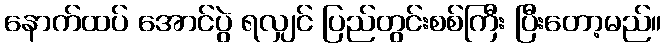
နောက်ထပ် အောင်ပွဲ ရလျှင် ပြည်တွင်းစစ်ကြီး ပြီးတော့မည်။